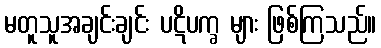
မတူသူအချင်းချင်း ပဋိပက္ခ များ ဖြစ်ကြသည်။